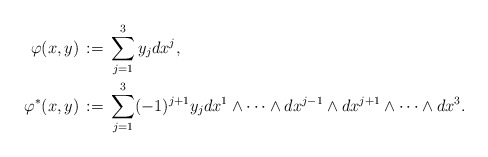
\begin{align*}\varphi(x,y) \,&:=\, \sum_{j=1}^{3}y_j dx^j, \\\varphi^\ast(x,y)\,&:=\, \sum_{j=1}^{3}(-1)^{j+1}y_j dx^1\wedge \cdots \wedge dx^{j-1} \wedge dx^{j+1} \wedge \cdots \wedge dx^3. \end{align*}